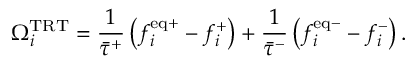
\Omega _ { i } ^ { \mathrm { T R T } } = \frac { 1 } { \bar { \tau } ^ { + } } \left( f _ { i } ^ { \mathrm { e q + } } - f _ { i } ^ { + } \right) + \frac { 1 } { \bar { \tau } ^ { - } } \left( f _ { i } ^ { \mathrm { e q - } } - f _ { i } ^ { - } \right) .